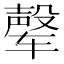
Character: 𰺘